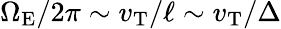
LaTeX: \Omega_{\mathrm{E}}/2\pi\sim v_{\mathrm{T}}/\ell\sim v_{\mathrm{T}}/\Delta